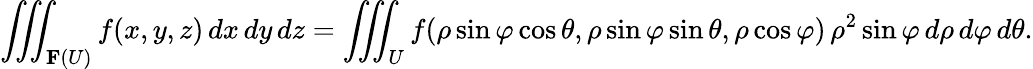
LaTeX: \iiint_{\mathbf{F}(U)}f(x,y,z)\, dx\, dy\, dz=\iiint_{U}f(\rho\sin\varphi\cos\theta,\rho\sin\varphi\sin\theta,\rho\cos\varphi)\, \rho^{2}\sin\varphi\, d\rho\, d\varphi\, d\theta.